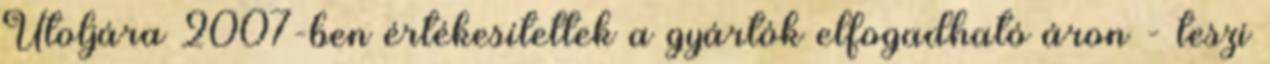
Utoljára 2007-ben értékesítettek a gyártók elfogadható áron - teszi